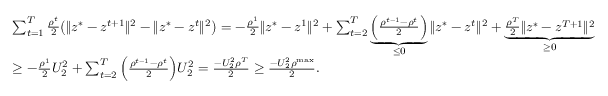
\begin{array} { r l } & { \sum _ { t = 1 } ^ { T } \frac { \rho ^ { t } } { 2 } \big ( \| z ^ { * } - z ^ { t + 1 } \| ^ { 2 } - \| z ^ { * } - z ^ { t } \| ^ { 2 } \big ) = - \frac { \rho ^ { 1 } } { 2 } \| z ^ { * } - z ^ { 1 } \| ^ { 2 } + \sum _ { t = 2 } ^ { T } \underbrace { \Big ( \frac { \rho ^ { t - 1 } - \rho ^ { t } } { 2 } \Big ) } _ { \leq 0 } \| z ^ { * } - z ^ { t } \| ^ { 2 } + \underbrace { \frac { \rho ^ { T } } { 2 } \| z ^ { * } - z ^ { T + 1 } \| ^ { 2 } } _ { \geq 0 } } \\ & { \geq - \frac { \rho ^ { 1 } } { 2 } U _ { 2 } ^ { 2 } + \sum _ { t = 2 } ^ { T } \Big ( \frac { \rho ^ { t - 1 } - \rho ^ { t } } { 2 } \Big ) U _ { 2 } ^ { 2 } = \frac { - U _ { 2 } ^ { 2 } \rho ^ { T } } { 2 } \geq \frac { - U _ { 2 } ^ { 2 } \rho ^ { \mathrm { m a x } } } { 2 } . } \end{array}